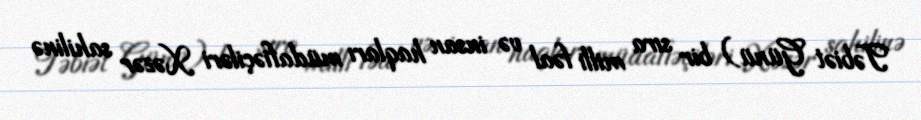
Təbiət Günü) bir sıra milli fəal və insan haqları müdafiəçiləri Xəzər sahilinə